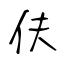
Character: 伕